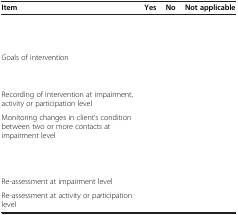
<table><thead><tr><td><b>Item</b></td><td><b>Yes</b></td><td><b>No</b></td><td><b>Not applicable</b></td></tr></thead><tbody><tr><td>[EMPTY_CELL]</td><td>[EMPTY_CELL]</td><td>[EMPTY_CELL]</td><td>[EMPTY_CELL]</td></tr><tr><td>[EMPTY_CELL]</td><td>[EMPTY_CELL]</td><td>[EMPTY_CELL]</td><td>[EMPTY_CELL]</td></tr><tr><td>Goals of intervention</td><td>[EMPTY_CELL]</td><td>[EMPTY_CELL]</td><td>[EMPTY_CELL]</td></tr><tr><td>[EMPTY_CELL]</td><td>[EMPTY_CELL]</td><td>[EMPTY_CELL]</td><td>[EMPTY_CELL]</td></tr><tr><td>Recording of intervention at impairment, activity or participation level</td><td>[EMPTY_CELL]</td><td>[EMPTY_CELL]</td><td>[EMPTY_CELL]</td></tr><tr><td>Monitoring changes in client’s condition between two or more contacts at impairment level</td><td>[EMPTY_CELL]</td><td>[EMPTY_CELL]</td><td>[EMPTY_CELL]</td></tr><tr><td>[EMPTY_CELL]</td><td>[EMPTY_CELL]</td><td>[EMPTY_CELL]</td><td>[EMPTY_CELL]</td></tr><tr><td>Re-assessment at impairment level</td><td>[EMPTY_CELL]</td><td>[EMPTY_CELL]</td><td>[EMPTY_CELL]</td></tr><tr><td>Re-assessment at activity or participation level</td><td>[EMPTY_CELL]</td><td>[EMPTY_CELL]</td><td>[EMPTY_CELL]</td></tr></tbody></table>